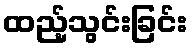
ထည့်သွင်းခြင်း